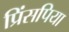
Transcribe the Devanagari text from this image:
प्रिंसपिया